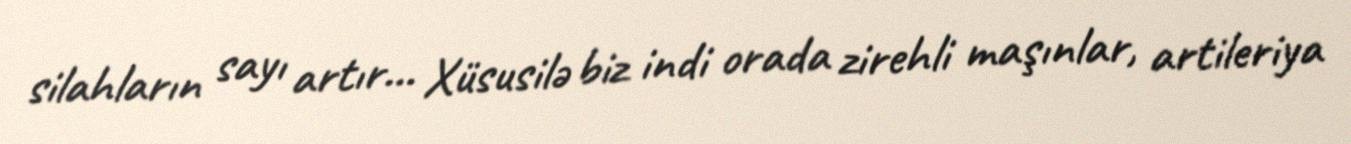
silahların sayı artır… Xüsusilə biz indi orada zirehli maşınlar, artileriya